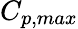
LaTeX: C_{p,max}